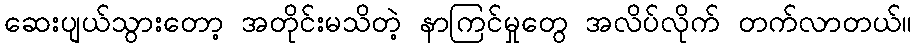
ဆေးပျယ်သွားတော့ အတိုင်းမသိတဲ့ နာကြင်မှုတွေ အလိပ်လိုက် တက်လာတယ်။